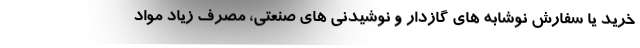
خرید یا سفارش نوشابه های گازدار و نوشیدنی های صنعتی، مصرف زیاد مواد